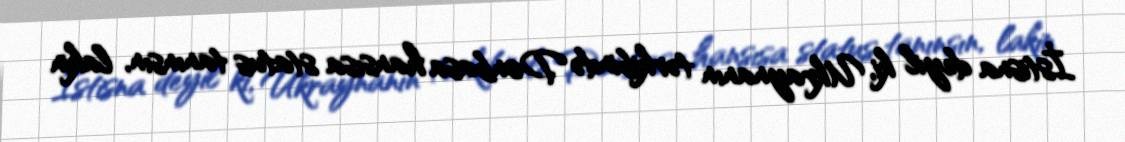
İstisna deyil ki, Ukraynanın tərkibində Donbasa hansısa status tanınsın, lakin